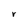
Character: V